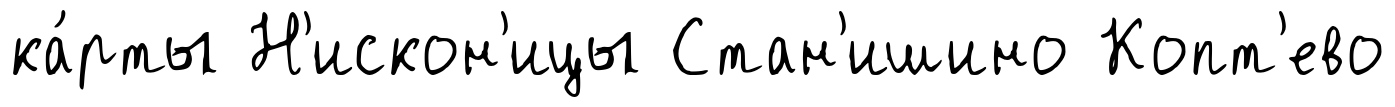
ка́рты Н'искон'ицы Стан'ишино Копт'ево